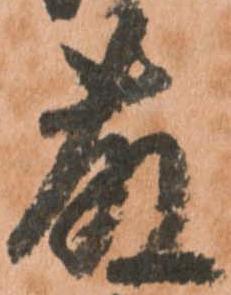
藤